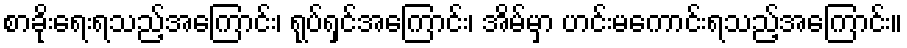
စာခိုးရေးရသည့်အကြောင်း၊ ရုပ်ရှင်အကြောင်း၊ အိမ်မှာ ဟင်းမကောင်းရသည့်အကြောင်း။